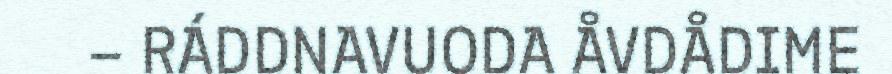
– RÁDDNAVUODA ÅVDÅDIME